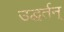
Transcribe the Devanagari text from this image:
उद्धर्तन्